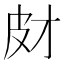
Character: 𤿋